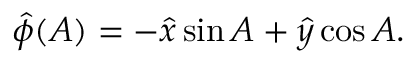
\hat { \phi } ( A ) = - \hat { x } \sin { A } + \hat { y } \cos { A } .